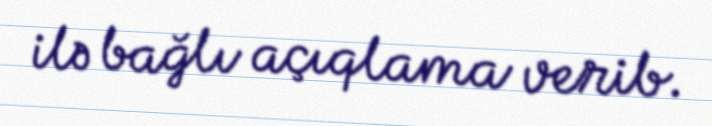
ilə bağlı açıqlama verib.